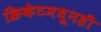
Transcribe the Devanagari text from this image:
क्रिकेटमधूनही